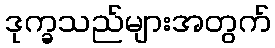
ဒုက္ခသည်များအတွက်